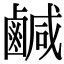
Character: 鹹